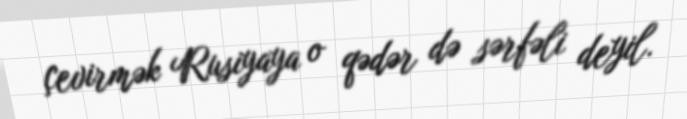
çevirmək Rusiyaya o qədər də sərfəli deyil.